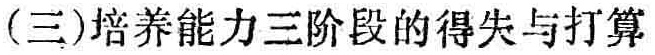
(三)培养能力三阶段的得失与打算